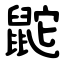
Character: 鼧